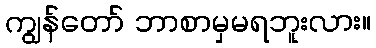
ကျွန်တော် ဘာစာမှမရဘူးလား။